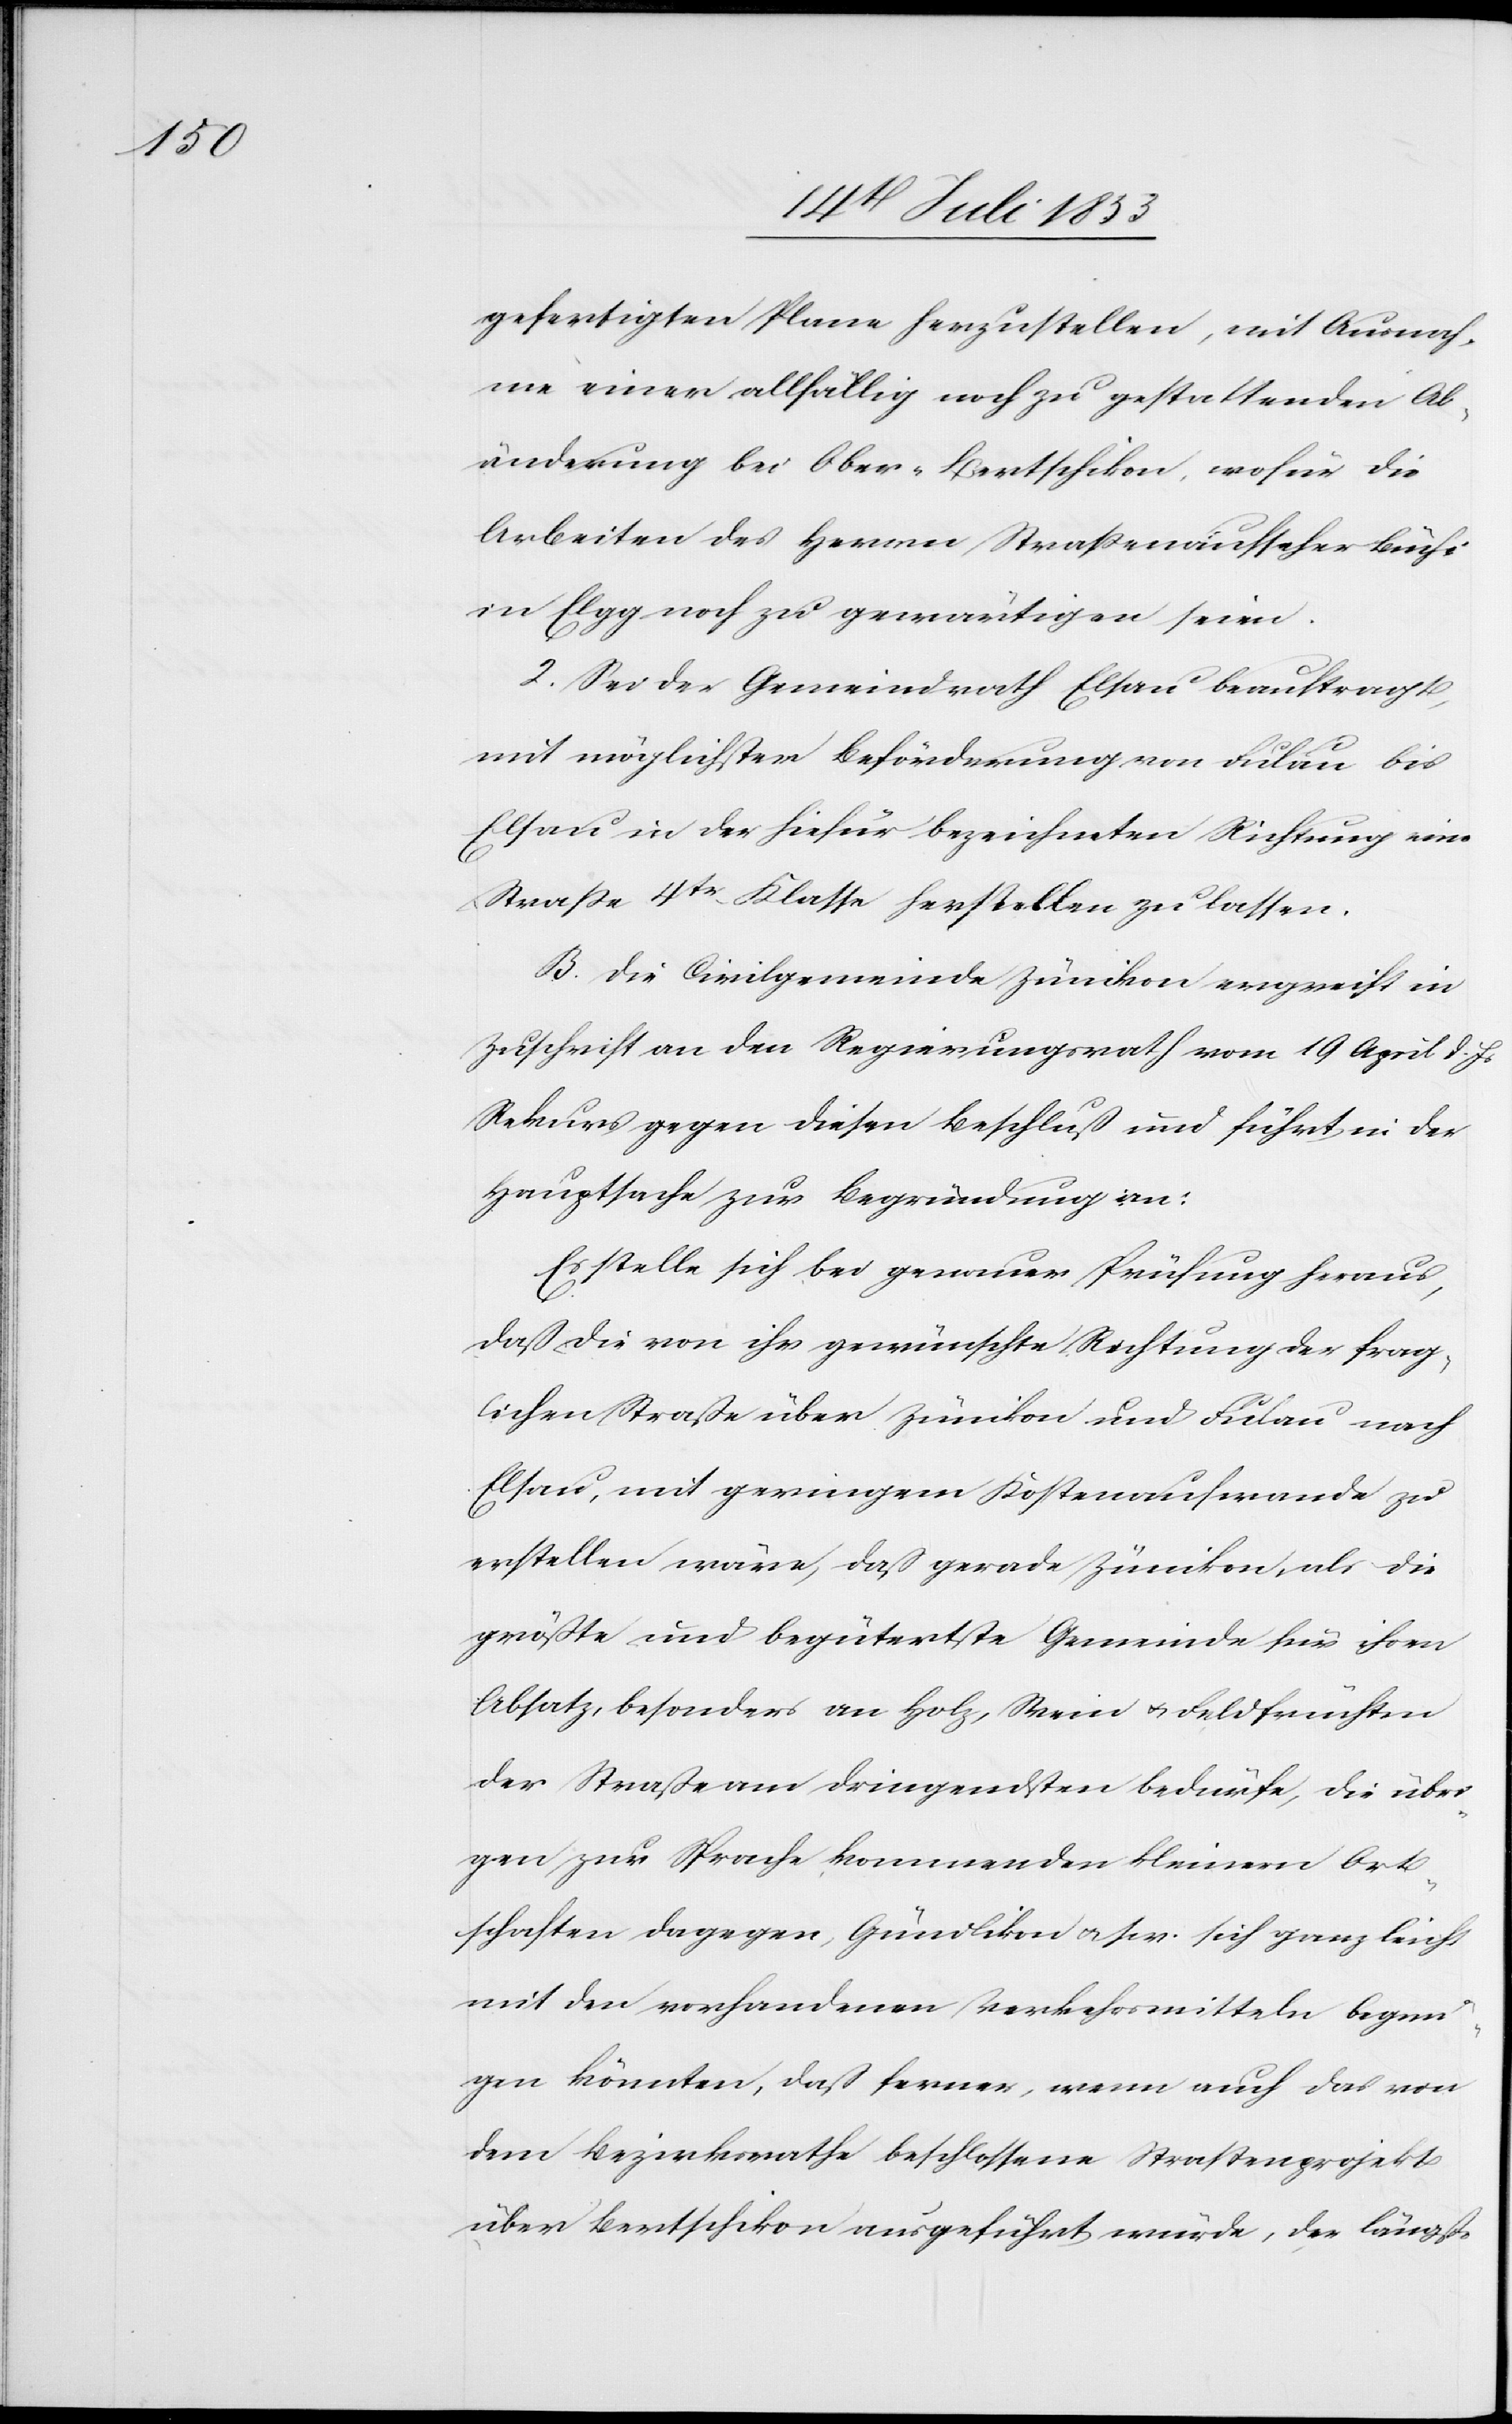
gefertigten Plane herzustellen, mit Ausnah¬
me einer allfällig noch zu gestattenden Ab¬
änderung bei Ober-Bertschikon, wofür die
Arbeiten des Herrn Straßenaufseher Brüchi
in Elgg noch zu gewärtigen seien.
2, Sei der Gemeindrath Elsau beauftragt,
mit möglichster Beförderung von Fulau bis
Elsau in der hiefür bezeichneten Richtung eine
Straße 4tr Klasse herstellen zu lassen.
B. Die Civilgemeinde Zümikon ergreift in
Zuschrift an den Regierungsrath vom 19 April d. Js.
Rekurs gegen diesen Beschluß und führt in der
Hauptsache zur Begründung an:
Es stelle sich bei genauer Prüfung heraus,
daß die von ihr gewünschte Richtung der frag¬
lichen Straße über Zümikon und Fulau nach
Elsau, mit geringem Kostenaufwande zu
erstellen wäre, daß gerade Zümikon, als die
größte und begütertste Gemeinde für ihren
Absatz, besonders an Holz, Stein u. Feldfrüchten
der Straße am dringendsten bedürfe, die übri¬
gen zur Sprache kommenden kleinen Ort¬
schaften dagegen, Gündlikon u. s. w. sich ganz leicht
mit der vorhandenen Verkehrsmitteln begnü¬
gen könnten, daß ferner, wenn auch das von
dem Bezirksrathe beschlossene Straßenprojekt
über Bertschikon ausgeführt würde, der längste